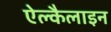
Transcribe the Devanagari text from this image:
ऐल्कैलाइन